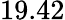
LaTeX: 19.42